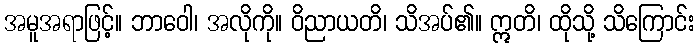
အမူအရာဖြင့်။ ဘာဝေါ၊ အလိုကို။ ဝိညာယတိ၊ သိအပ်၏။ ဣတိ၊ ထိုသို့ သိကြောင်း